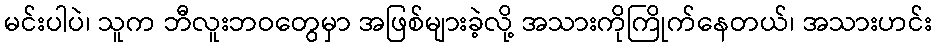
မင်းပါပဲ၊ သူက ဘီလူးဘဝတွေမှာ အဖြစ်များခဲ့လို့ အသားကိုကြိုက်နေတယ်၊ အသားဟင်း